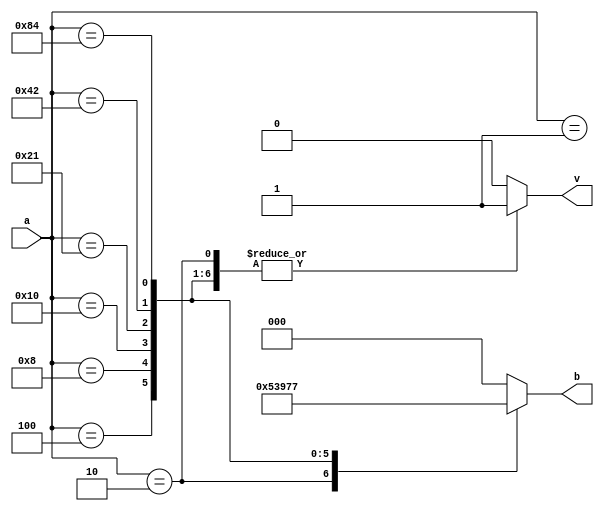
//encoder_8x3 using behaviour style.
module encoder_8x3(a,b,v);
input[7:0]a;
output reg[2:0]b;
output reg v;
always @ (*)begin
	v=1;
	b=3'b000;
	case(a)
	8'b00000001:b=3'b000;
	8'b00000010:b=3'b001;
	8'b00000100:b=3'b010;
	8'b00001000:b=3'b011;
	8'b00010000:b=3'b100;
	8'b00100001:b=3'b101;
	8'b01000010:b=3'b110;
	8'b10000100:b=3'b111;
	default:v=0;
endcase
end
endmodule